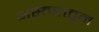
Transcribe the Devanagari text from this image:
अस्तरातून